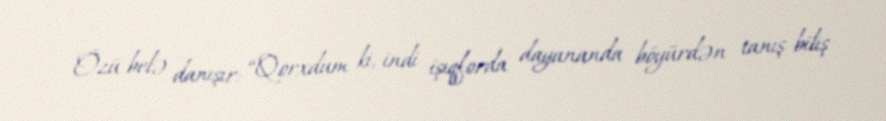
Özü belə danışır: “Qorxdum ki, indi işıqforda dayananda böyürdən tanış-biliş